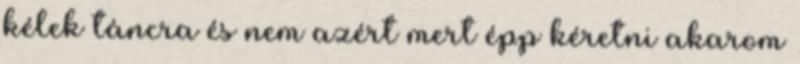
kélek táncra és nem azért mert épp kéretni akarom